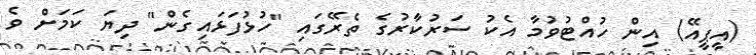
(އީޕީއޭ) އިން ހުއްޓުވުމާ އެކު ސަރުކާރުގެ ތެރޭގައި "ހުޅުފަޅައިގެން" ދިޔަ ކަމަށް ވެ